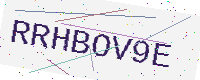
Text: RRHBOV9E